65_HS1-834228961_62-HQ-83894_Section_4
Agency: FBI
Page 95
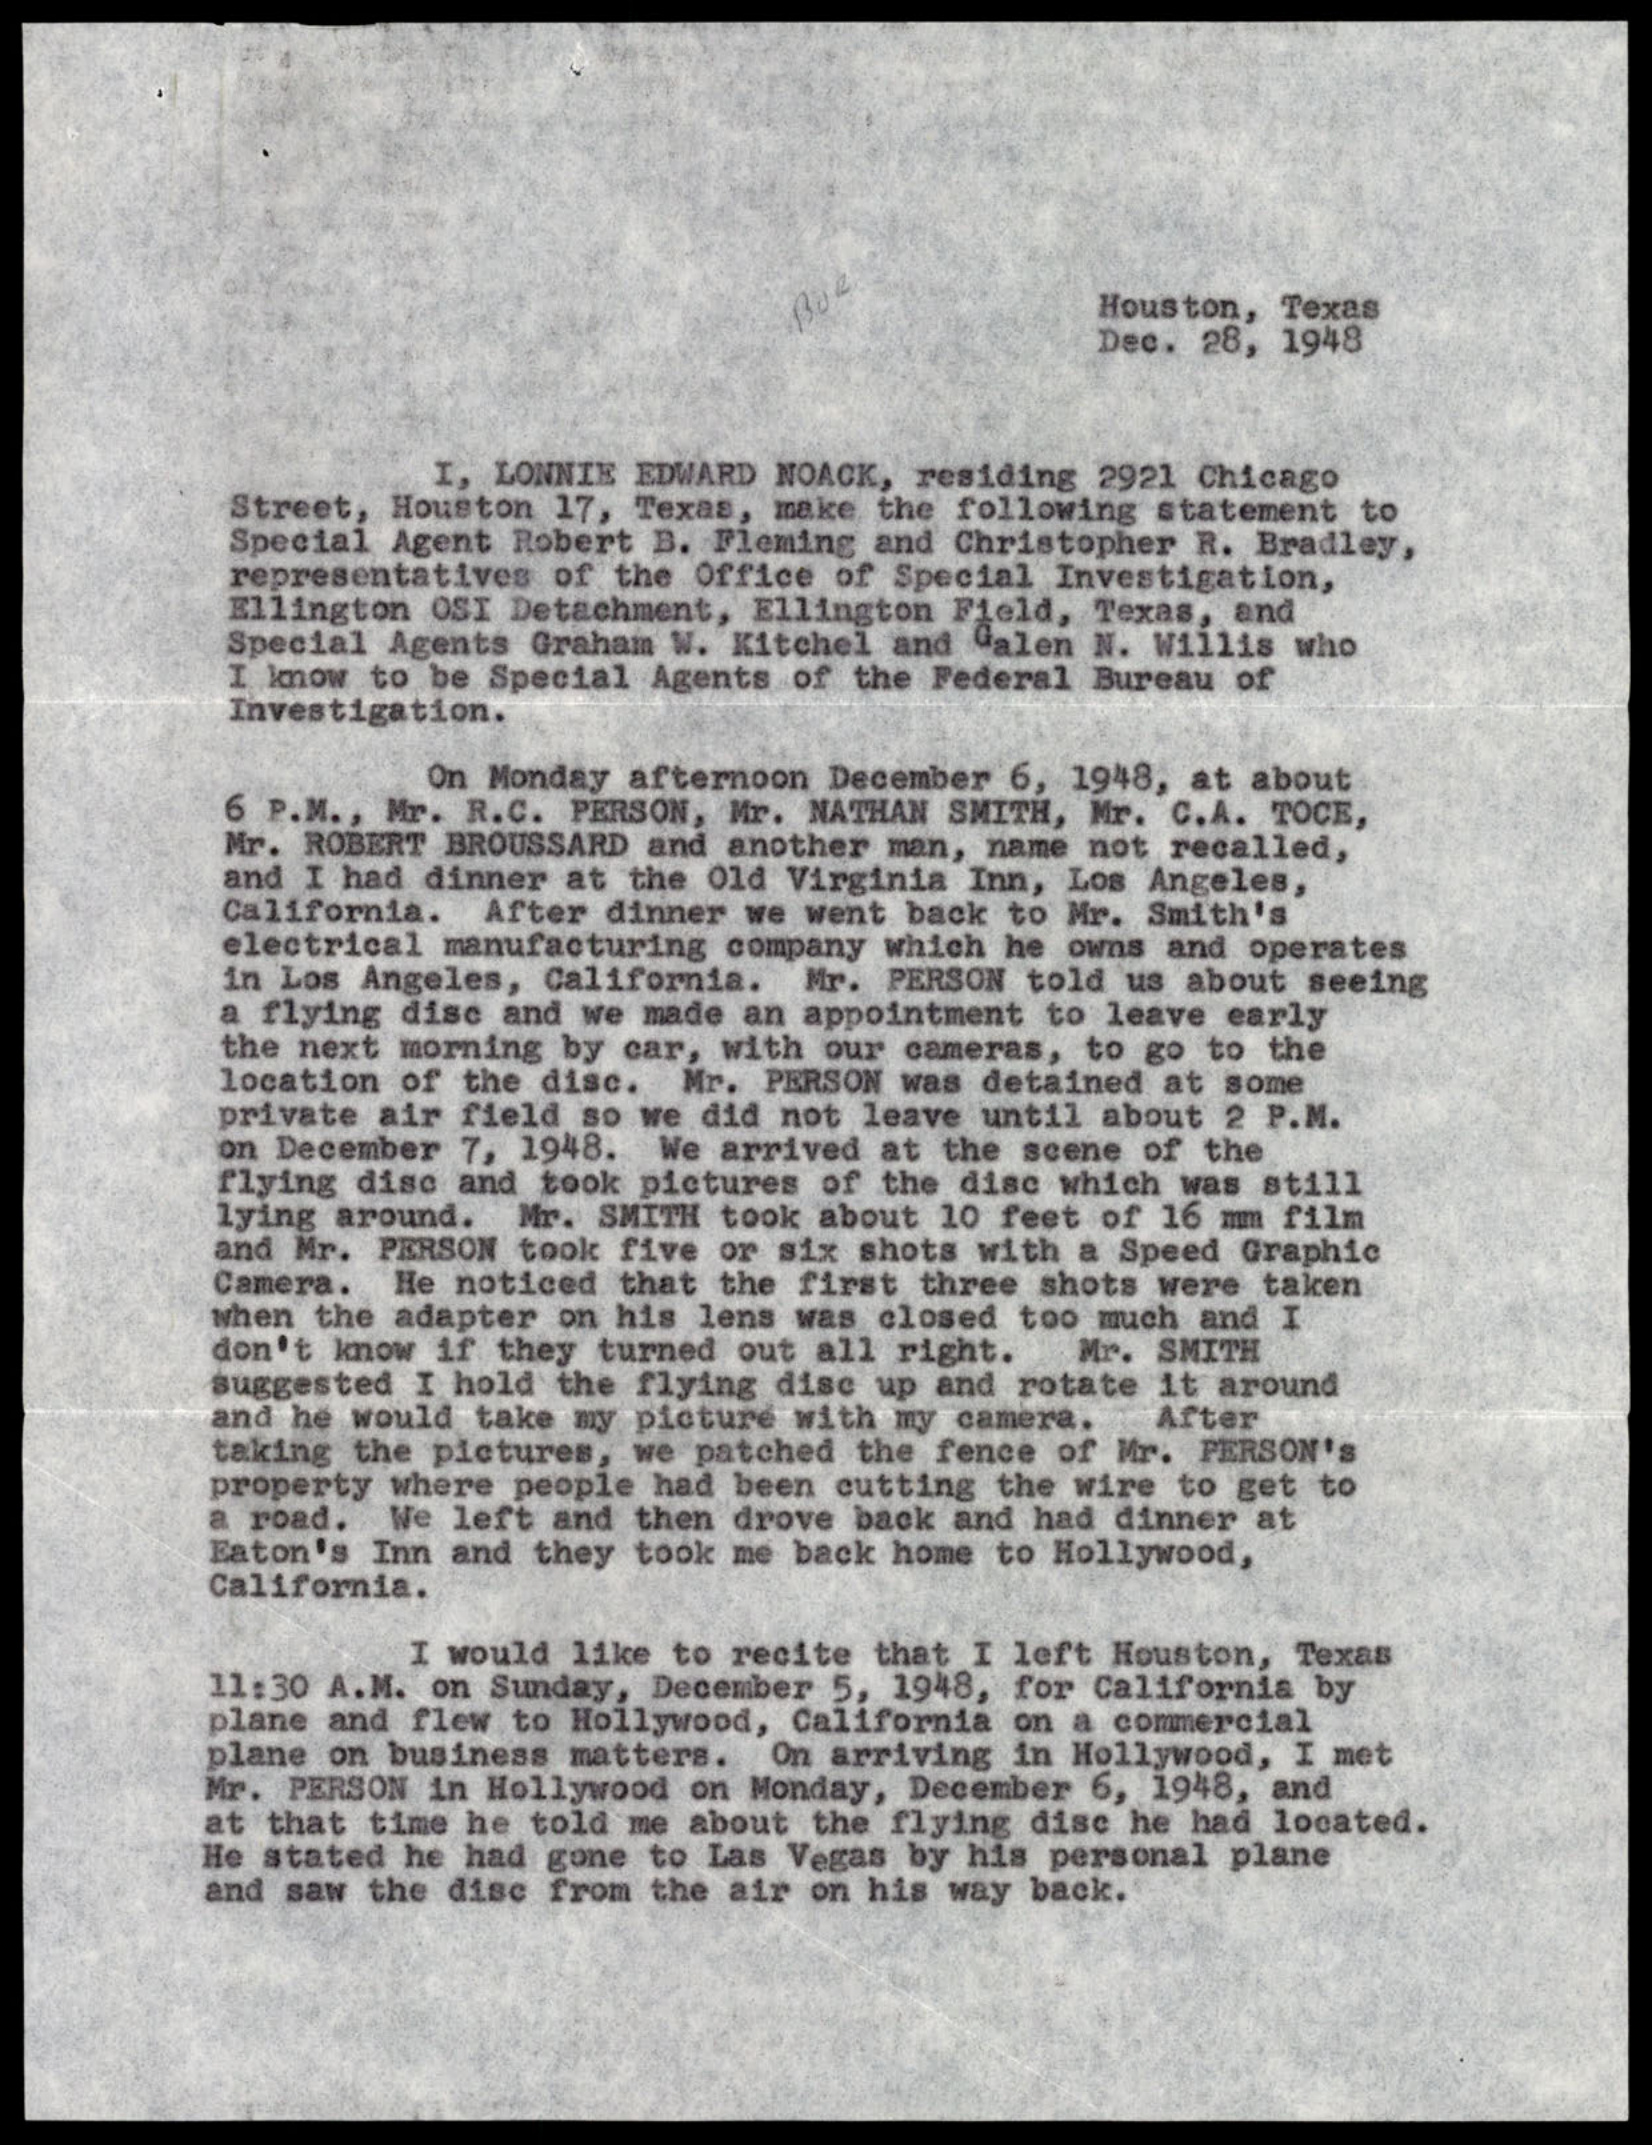